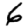
Digit: 6